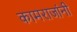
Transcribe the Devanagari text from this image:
कामराजांनी